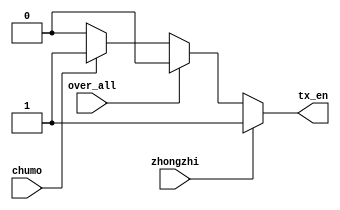
module zhiwen(
	input chumo,
	input over_all,
	input zhongzhi,
	//input clk,
	//input rst_n,
	
	output reg tx_en
    );
/*reg [25:0]cnt;
always@(posedge clk or negedge rst_n)     //1s 
begin
	if(!rst_n)
	cnt<=1'b0;
	else if(cnt==26'd49_999)
	cnt<=1'b0;
	else cnt<=cnt+1'b1;
end*/
always@(*)
begin
	if(zhongzhi)
		tx_en=1'b1;
	else if(over_all)
		tx_en=1'b0;
	else if(chumo/*&cnt==26'd49_999*/)
		tx_en=1'b1;
	else tx_en=1'b0;
end 
endmodule